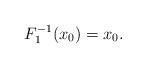
LaTeX: \begin{align*}F^{-1}_1(x_0)=x_0.\end{align*}